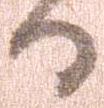
る